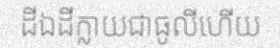
ដីឯដីក្លាយជាធូលីហើយ